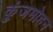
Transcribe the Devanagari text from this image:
कुंजमोहन